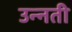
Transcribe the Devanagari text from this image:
उन्‍नती